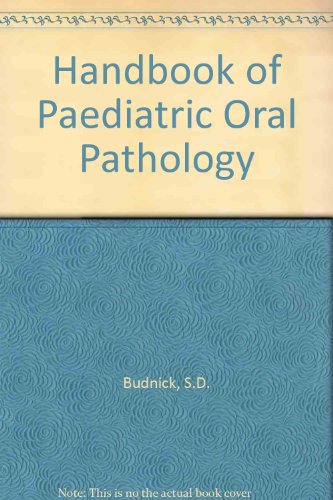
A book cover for Handbook of Pediatric Oral Pathology; Steven D. Budnick; Medical Books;